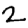
Digit: 2